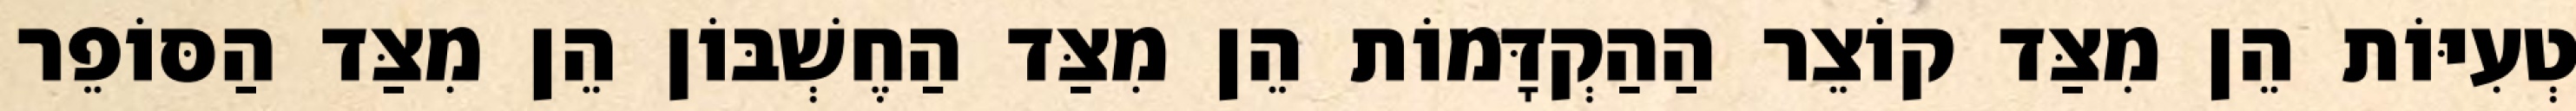
טְעִיּוֹת הֵן מִצַּד קוֹצֵר הַהַקְדָּמוֹת הֵן מִצַּד הַחֶשְׁבּוֹן הֵן מִצַּד הַסּוֹפֵר